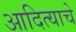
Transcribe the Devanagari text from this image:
आदित्याचे